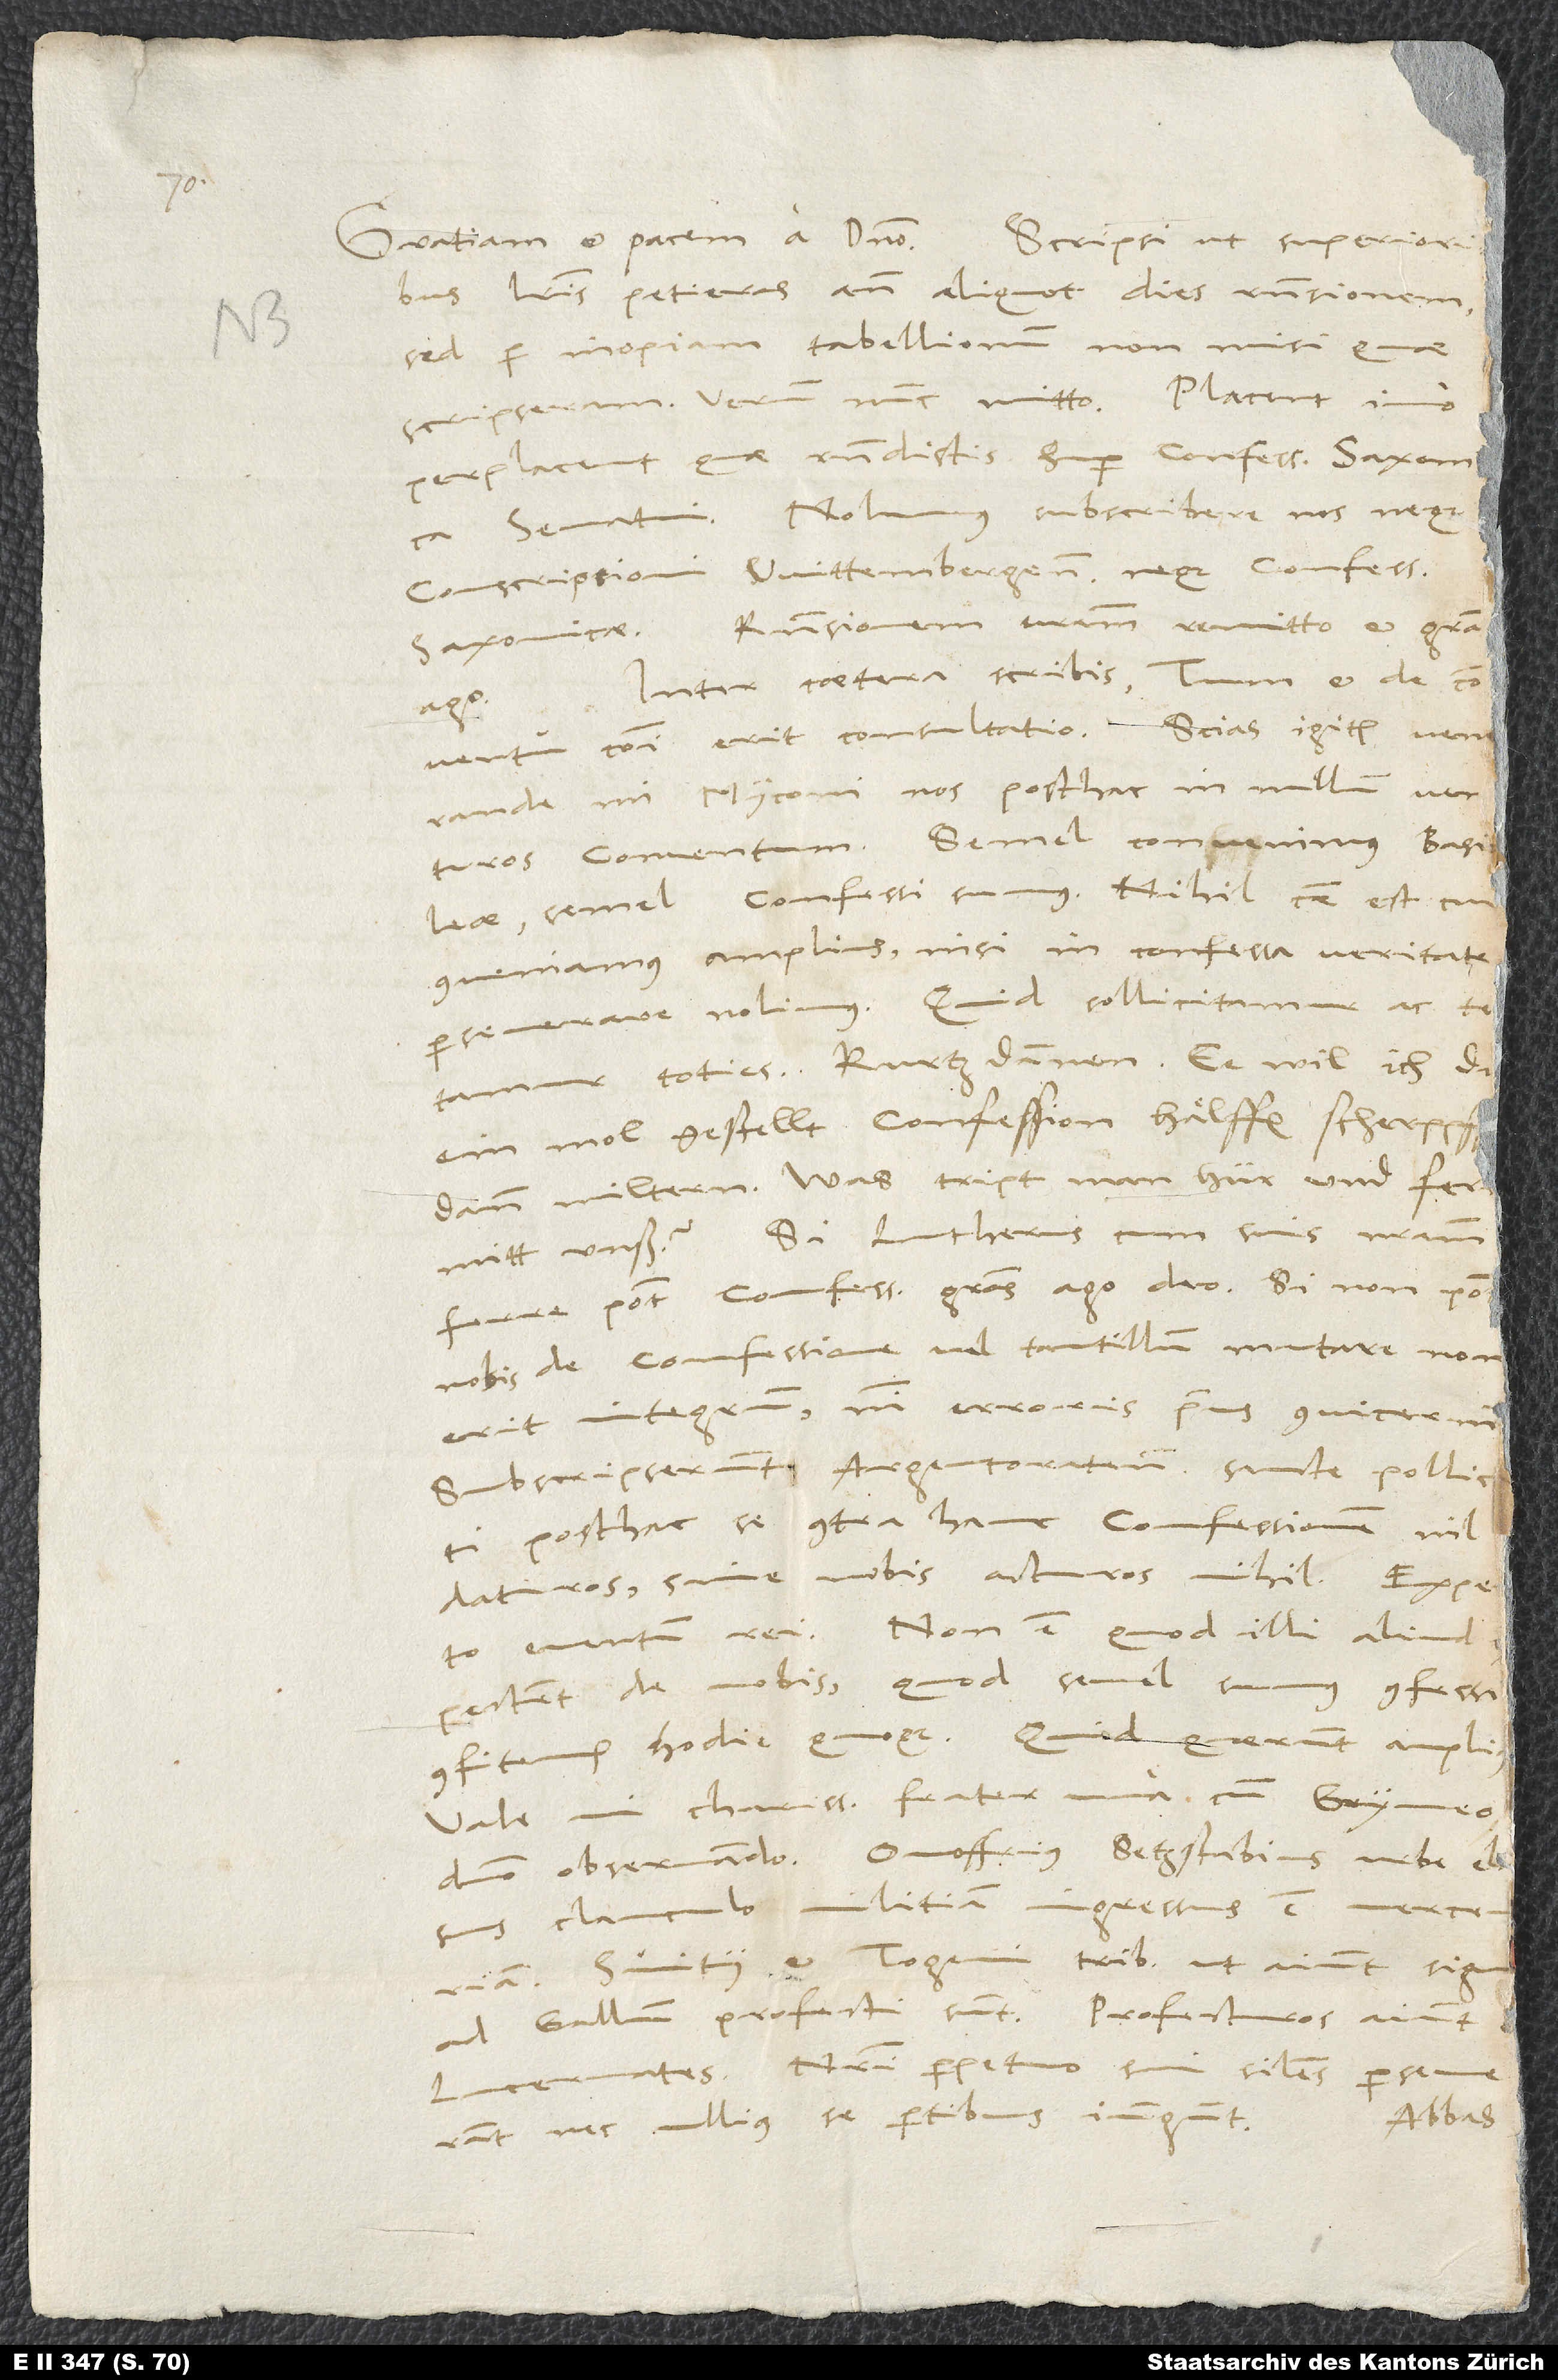
literis petieras, ante aliquot dies responsionem,
sed per inopiam tabellionum non misi, quae
perplacent, quae respondistis super confessione Saxonica
senatui. Nolumus subscribere nos neque
conscriptioni Wittembergensi neque confessioni
Saxonicae. Responsionem vestram remitto et gratia
Inter caetera scribis: "Tum et de conventu
ago.
communi erit consultatio." Scias igitur, venerande
mi Myconi, nos posthac in nullum venturos
conventum. Semel convenimus Basileae,
semel confessi sumus. Nihil causae est, cur
conveniamus amplius, nisi in confessa veritate
perseverare nolimus. Quid sollicitamur ac
tepectent de nobis; quod semel sumus confessi,
confitemur hodie quoque. Quid quaerunt amplius?
Vale, mi charissime frater, una cum Gryneo,
Lucernates. Nostri perpetuo sui similes perseverant
nec ullius se partibus iungunt.